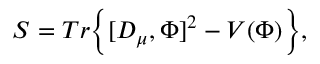
S = T r \Big \{ [ D _ { \mu } , \Phi ] ^ { 2 } - V ( \Phi ) \Big \} ,